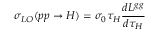
\sigma _ { L O } ( p p \to H ) = \sigma _ { 0 } \tau _ { H } \frac { d { \cal L } ^ { g g } } { d \tau _ { H } }